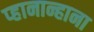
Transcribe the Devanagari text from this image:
प्हानान्हाना